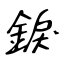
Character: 錑